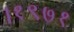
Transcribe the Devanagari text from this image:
।१९७१